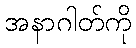
အနာဂါတ်ကို